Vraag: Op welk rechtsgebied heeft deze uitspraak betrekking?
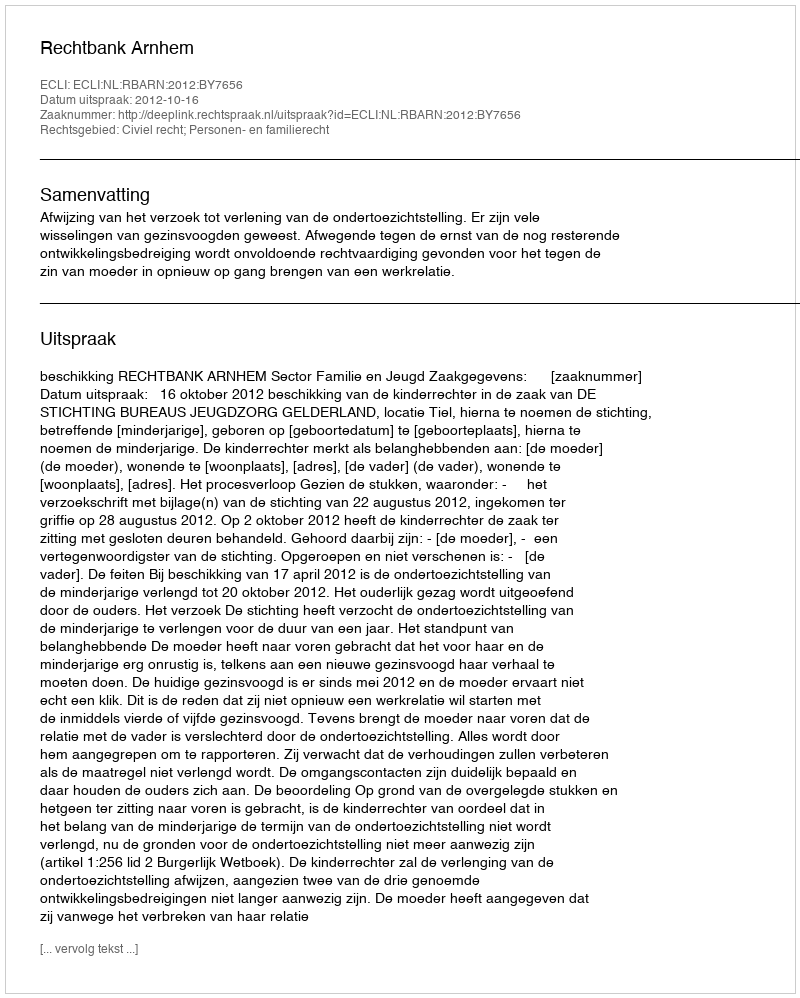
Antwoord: Civiel recht; Personen- en familierecht